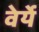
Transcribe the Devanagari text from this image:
वेर्ये